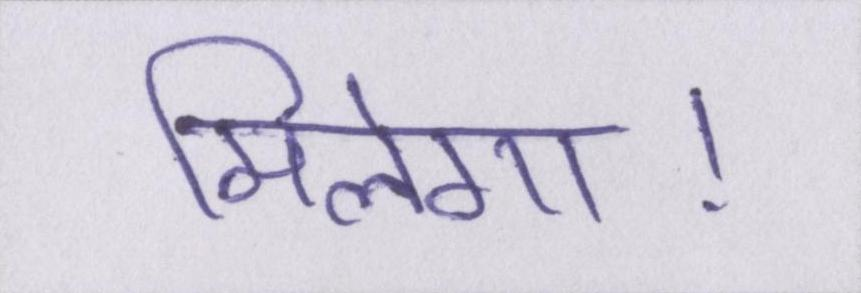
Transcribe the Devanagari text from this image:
मिलेगा।